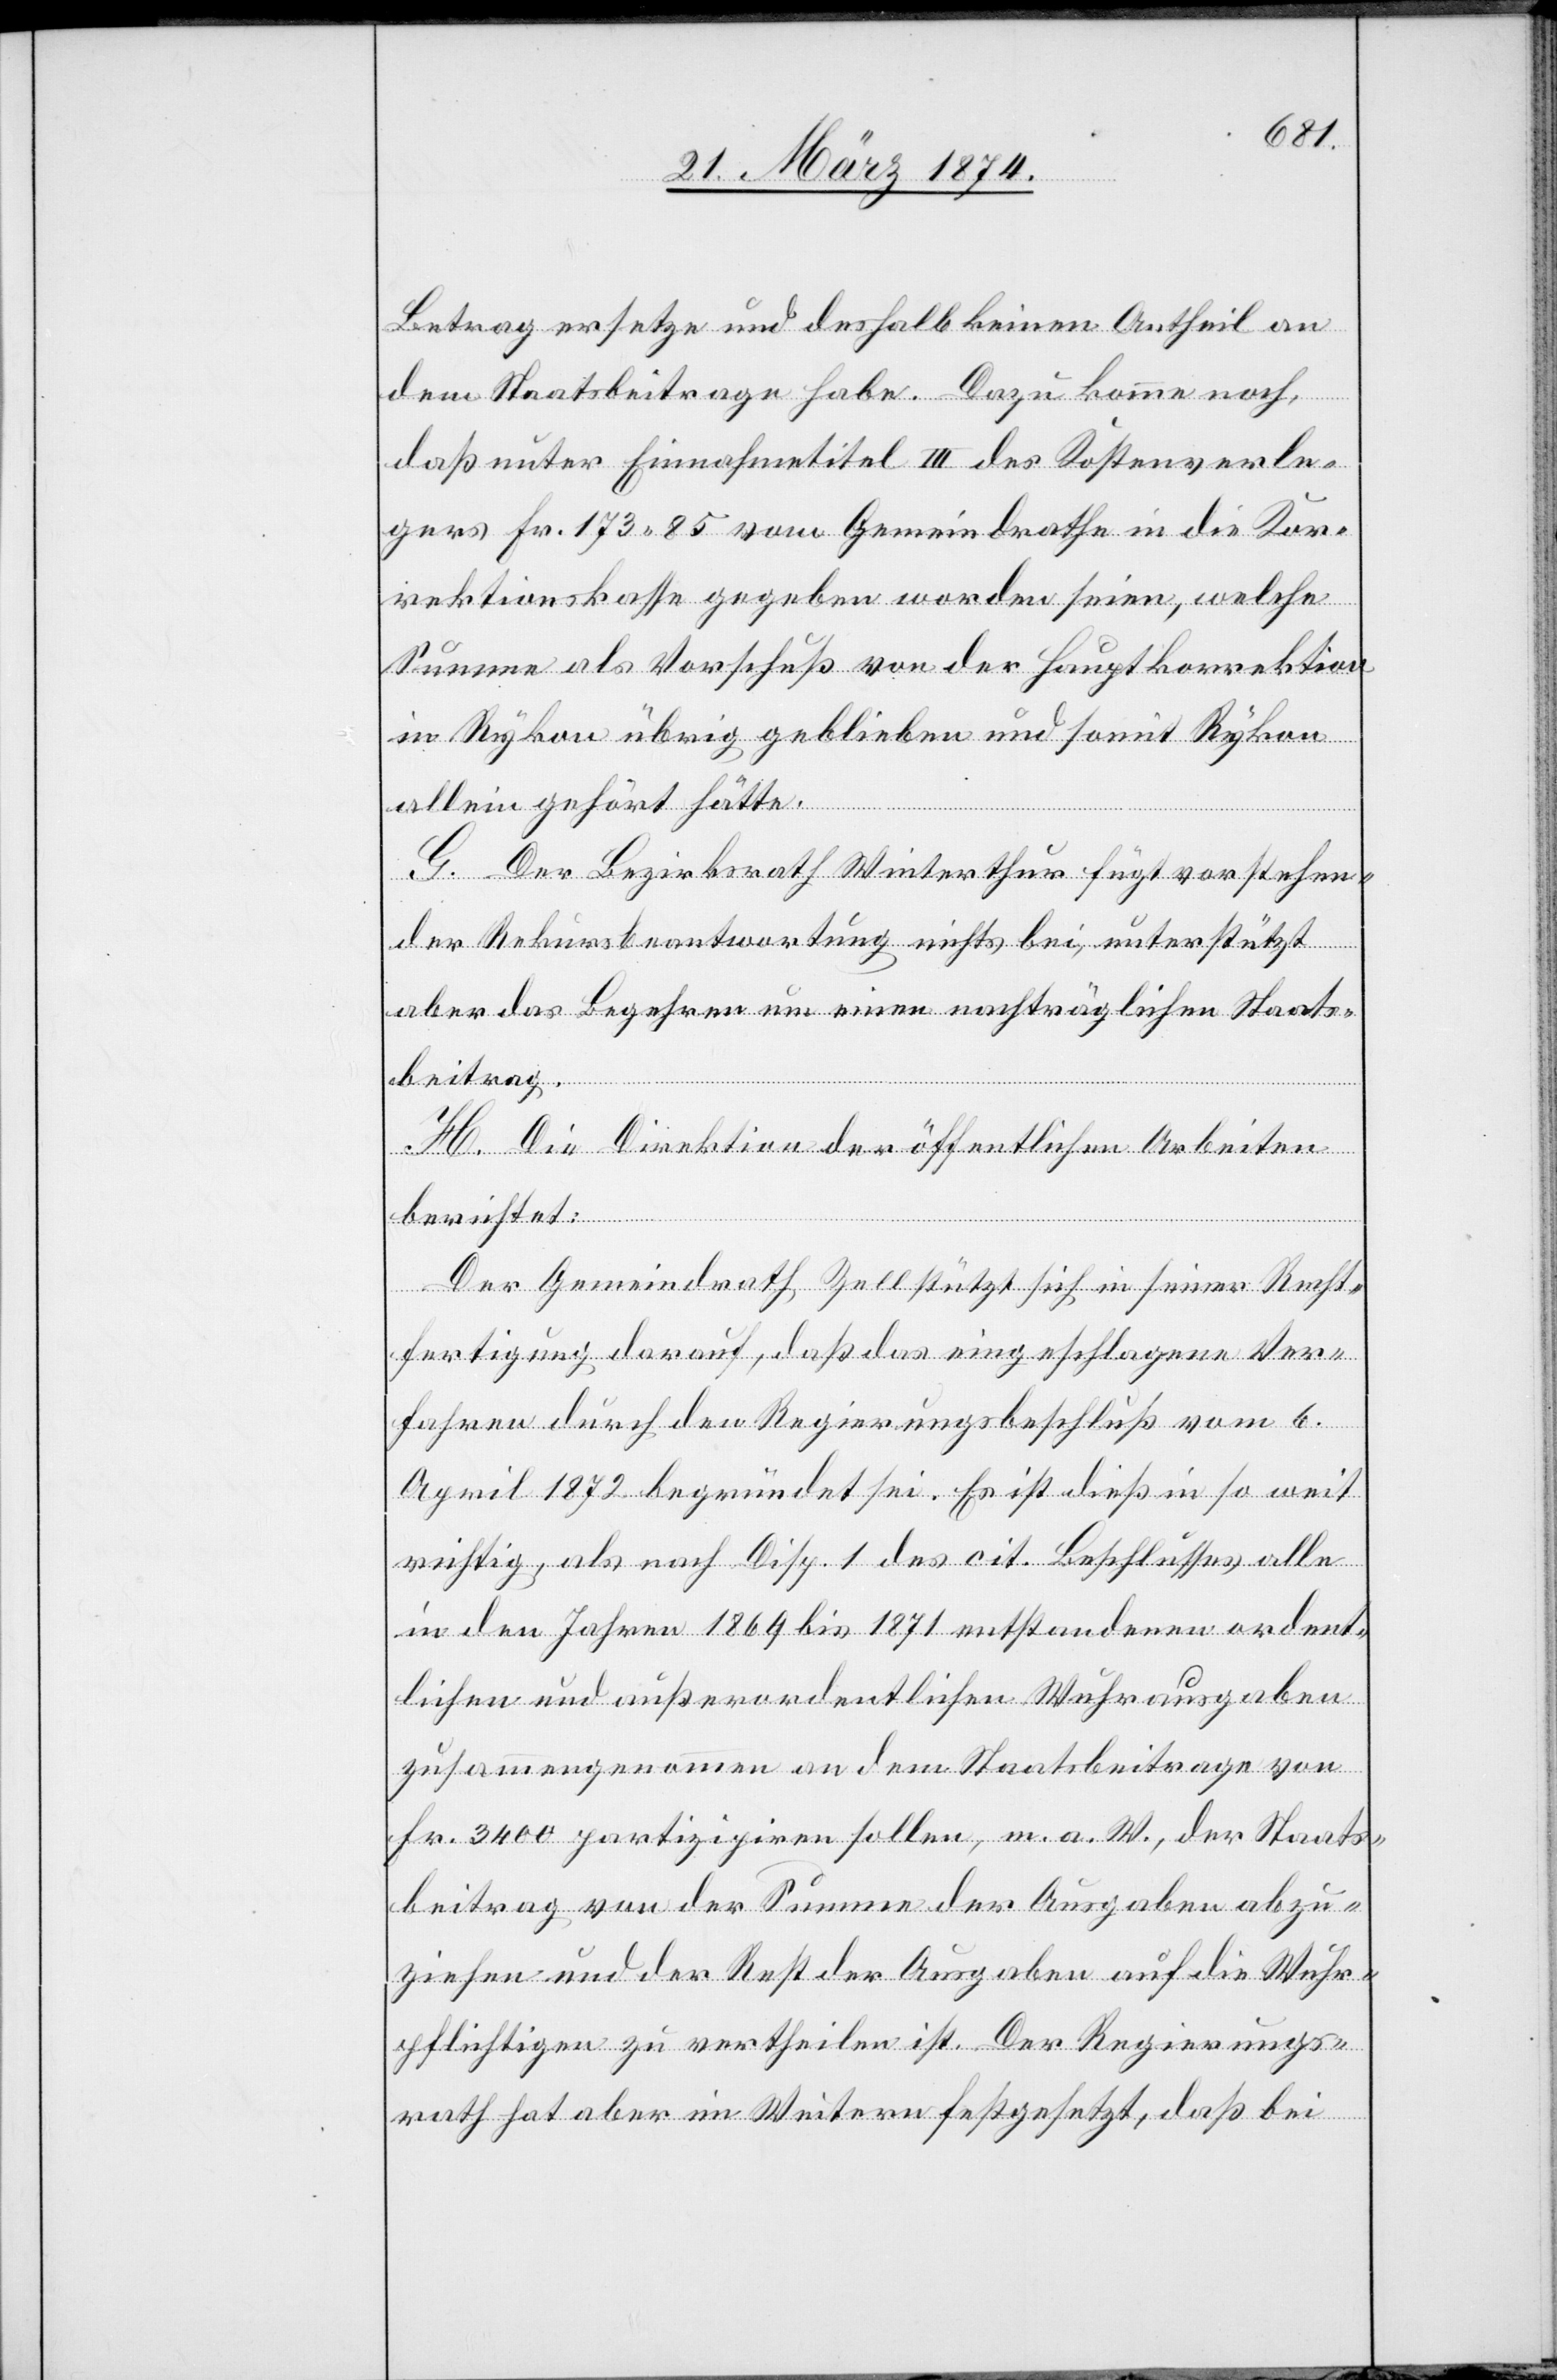
Betrag ersetze und deshalb keinen Antheil an
dem Staatsbeitrage habe. Dazu komme noch,
daß unter Einnahmetitel III des Kostenverle¬
gers Fr. 173.85 vom Gemeindrathe in die Kor¬
rektionskosten gegeben worden seien, welche
Summe als Vorschuß von der Hauptkorrektion
in Rykon übrig geblieben und somit Rykon
allein gehört hätte.
G. Der Bezirksrath Winterthur fügt vorstehen¬
der Rekursbeantwortung nichts bei, unterstützt
aber das Begehren um einen nachträglichen Staats¬
beitrag.
H. Die Direktion der öffentlichen Arbeiten
berichtet:
Der Gemeindrath Zell stützt sich in seiner Recht¬
fertigung darauf, daß das eingeschlagene Ver¬
fahren durch den Regierungsbeschluß vom 6.
April 1872 begründet sei. Es ist dieß in so weit
richtig, als nach Disp. 1 des cit. Beschlusses alle
in den Jahren 1869 bis 1871 entstandenen ordent¬
lichen und außerordentlichen Wuhrausgaben
zusammengenommen an dem Staatsbeitrage von
Fr. 3400 partizipiren sollen, m. a. W., der Staats¬
beitrag von der Summe der Ausgaben abzu¬
ziehen und der Rest der Ausgaben auf die Wuhr¬
pflichtigen zu vertheilen ist. Der Regierungs¬
rath hat aber im Weitern festgesetzt, daß bei